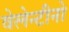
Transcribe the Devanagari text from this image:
वेलेन्टीनो